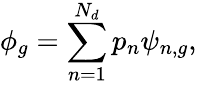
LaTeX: \phi_{g}=\sum_{n=1}^{N_{d}}p_{n}\psi_{n,g},